system: You are a helpful assistant.
user:
Analyze the provided spectrum to determine if it is a **M-type Giant (gM)**.

A M-type Giant spectrum is defined by its **strong molecular absorption** features, particularly from **Titanium Oxide (TiO)**. You must check for one of the following mutually exclusive signatures:

- **Key Visual Indicators (Absorption-Dominated Spectrum):**

    - **(Primary):** The spectrum is dominated by strong molecular absorption from **Titanium Oxide (TiO)**. This is the **defining feature** of its M-type temperature class.
        - **(Key Bandheads):** Look for sharp, "saw-tooth" absorption valleys. The strongest are located near **~7050 Å**, **~6160 Å**, and **~5170 Å**.
        - **(Line Profile):** The "saw-tooth" morphology is critical: a **sharp, steep drop on the BLUE (short-wavelength) side** of the bandhead, followed by a gradual recovery (rising flux) towards the RED (long-wavelength) side.

    - **(Key Confirmation - Giant vs. Dwarf):** **ABSENCE** of strong **Calcium Hydride (CaH)** molecular bands. This is the primary diagnostic for *excluding* M-dwarfs.
        - **(Key Region):** The spectrum should lack the strong, broad absorption band seen in dwarfs between **~6800 Å and ~7000 Å**.

    - **(Secondary Confirmation - Giant):** A very strong and broad **Neutral Calcium (Ca I)** atomic absorption line.
        - **(Key Line):** Located at **~4226 Å**. In a giant (gM), this line is significantly deeper and broader than the same line in an M-dwarf (dM) due to low surface gravity.

    - **(Overall Spectrum):**
        - The continuum is **extremely red-sloping** (i.e., flux is very low in the blue and rises dramatically towards the red).
        - The entire spectrum appears "chopped up" by the deep TiO bands.

Think first, call **spectral_visualization_tool** if needed to examine features in detail, then provide your final answer. Your response must adhere to the following strict rules:
1.  **Overall Structure:** Your response must follow the format `<think>...</think> <tool_call>...</tool_call> (if a tool is used) <answer>...</answer>`.
2.  **Tool Usage Constraint:** You may only make **one** tool call per turn.
3.  **Final Answer Format:** In the `<answer>` tag, your conclusion must be inside a `\boxed{}` command (e.g., `\boxed{YES}` or `\boxed{NO}`), followed by your justification.

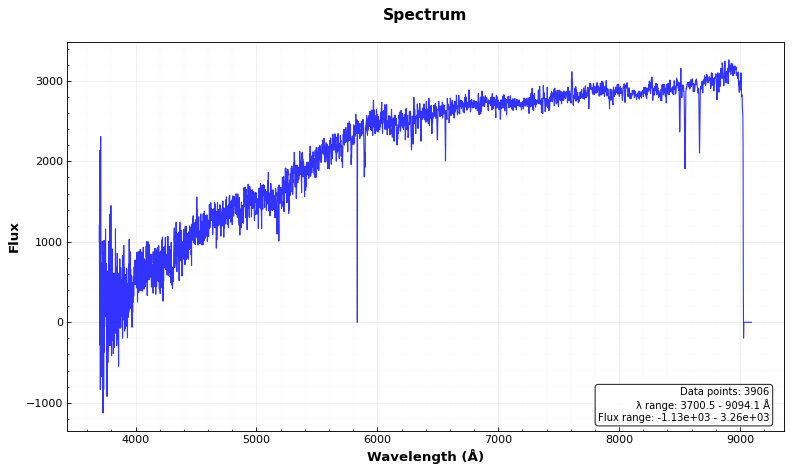
Answer: NO